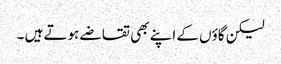
لیکن گاؤں کے اپنے بھی تقاضے ہوتے ہیں ۔